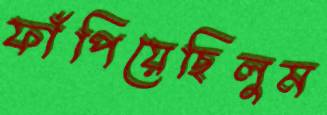
ফাঁপিয়েছিলুম